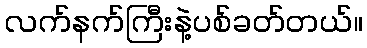
လက်နက်ကြီးနဲ့ပစ်ခတ်တယ်။